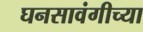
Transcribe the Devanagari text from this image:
घनसावंगीच्या